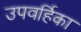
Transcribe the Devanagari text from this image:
उपवर्हिका